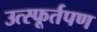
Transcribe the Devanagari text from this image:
उत्स्फूर्तपण